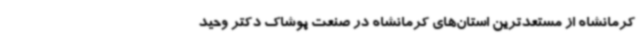
کرمانشاه از مستعدترین استان‌های کرمانشاه در صنعت پوشاک دکتر وحید